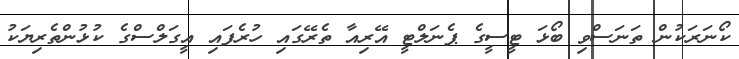
ކޯނަރަކުން ތަނަސްވި ބޯޅަ ޓީސީގެ ޕެނަލްޓީ އޭރިއާ ތެރޭގައި ހުރެފައި އީގަލްސްގެ ކުޅުންތެރިޔަކު